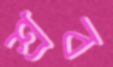
শ্রব